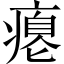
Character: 瘪